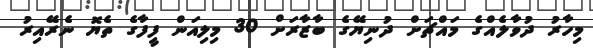
މިހާރު ދުވާލެއްގެ މައްޗަށް ދުނިޔޭގެ ބާޒާރަށް 30 މިލިއަން ފީފާގެ ތެޔޮ ނެރޭއިރު